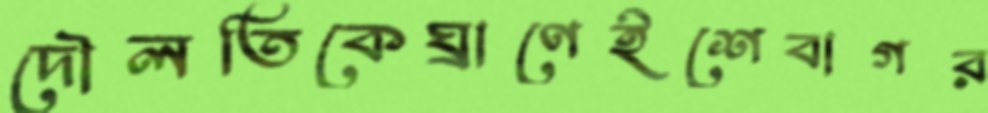
দৌলতিকেঘ্রাণেইশেবাগর